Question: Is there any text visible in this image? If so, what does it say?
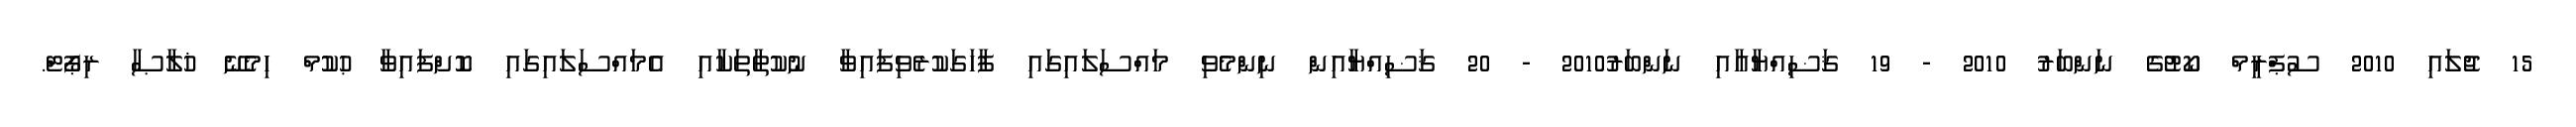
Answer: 15 ޖުލައި 2010 ސުޕްރީމް ކޯޓުގެ ނަންބަރު 2010 - 19 ޤަޟިއްޔާއާއި ނަންބަރު2010 - 20 ޤަޟިއްޔާއިން ނިންމެވި މައްސަލައިގައި ފާހަގަކުރެވިފައިވާ ނުކުތާތަކާއި އެމައްސަލައިގައި ކޮށްފައިވާ ޙުކުމް ހިމެނޭ ޚުލާޞާ ރިޕޯޓް.